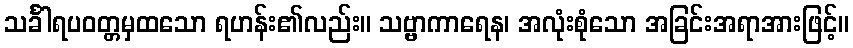
သင်္ခါရပဝတ္တမှထသော ရဟန်း၏လည်း။ သဗ္ဗာကာရေန၊ အလုံးစုံသော အခြင်းအရာအားဖြင့်။